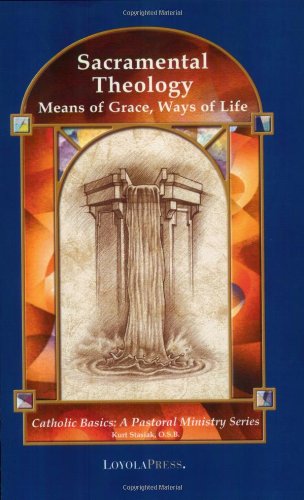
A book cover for Sacramental Theology: Means of Grace, Way of Life (Catholic Basics: A Pastoral Ministry Series); Kurt Stasiak; Christian Books & Bibles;